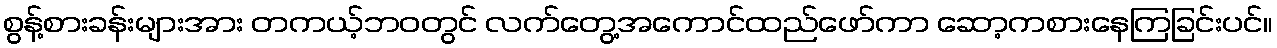
စွန့်စားခန်းများအား တကယ့်ဘဝတွင် လက်တွေ့အကောင်ထည်ဖော်ကာ ဆော့ကစားနေကြခြင်းပင်။